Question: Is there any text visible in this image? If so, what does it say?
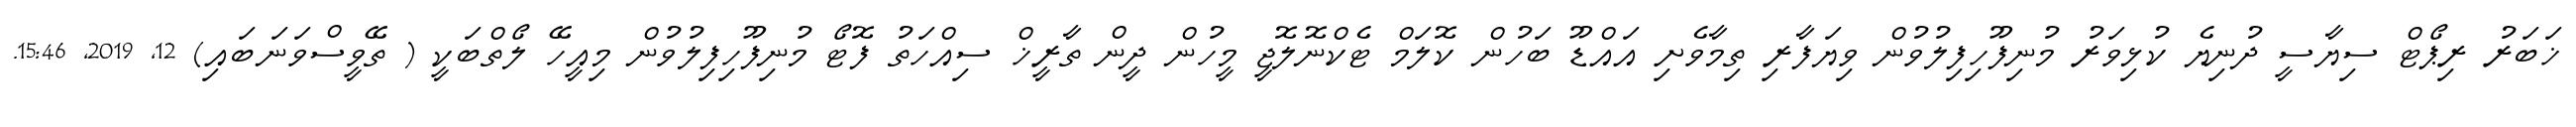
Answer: ޚަބަރު ރިޕޯޓް ސިޔާސީ ދުނިޔެ ކުޅިވަރު މުނިފޫހިފިލުވުން ވިޔަފާރި ތިމާވެށި އައްޑޫ ބަހުން ކޮލަމް ޓެކްނޮލޮޖީ މީހުން ދީން ތާރީޚް ސިއްހަތު ފޮޓޯ މުނިފޫހިފިލުވުން މިއީހޭ ލޯތްބަކީ ( ތޭވީސްވަނަބައި) 12, 2019, 15:46.